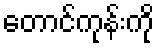
တောင်ကုန်းကို